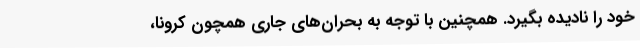
خود را نادیده بگیرد. همچنین با توجه به بحران‌های جاری همچون کرونا،